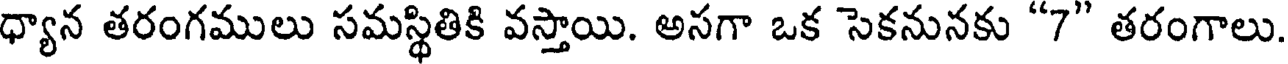
ధ్యాన తరంగములు సమస్థితికి వస్తాయి. అసగా ఒక సెకనునకు "7" తరంగాలు